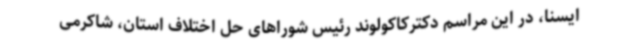
ایسنا، در این مراسم دکترکاکولوند رئیس شوراهای حل اختلاف استان، شاکرمی